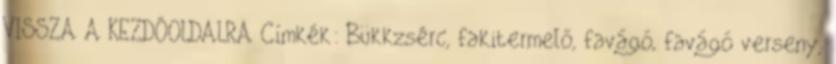
VISSZA A KEZDŐOLDALRA Címkék: Bükkzsérc, fakitermelő, favágó, favágó verseny,